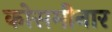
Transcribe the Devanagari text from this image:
कोसमीनार